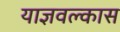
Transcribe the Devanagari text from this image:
याज्ञवल्कास